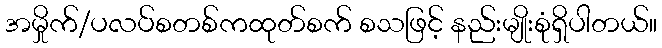
အမှိုက်/ပလပ်စတစ်ကထုတ်စက် စသဖြင့် နည်းမျိုးစုံရှိပါတယ်။